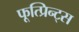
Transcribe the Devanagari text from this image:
फूत्प्रिन्ट्स